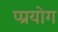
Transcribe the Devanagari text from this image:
प्प्रयोग